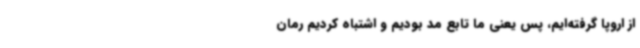
از اروپا گرفته‌ایم، پس یعنی ما تابع مد بودیم و اشتباه کردیم رمان